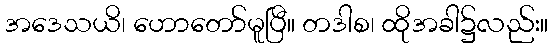
အဒေသယိ၊ ဟောတော်မူပြီ။ တဒါစ၊ ထိုအခါ၌လည်း။